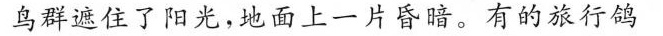
鸟群遮住了阳光，地面上有一片昏暗。有的旅行鸽